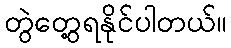
တွဲတွေ့ရနိုင်ပါတယ်။